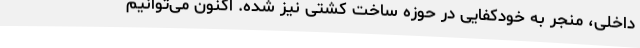
داخلی، منجر به خودکفایی در حوزه ساخت کشتی نیز شده. اکنون می‌توانیم